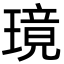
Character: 璄